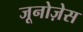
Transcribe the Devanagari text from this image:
जूनोज़ेस